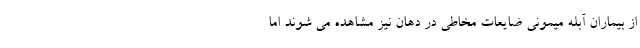
از بیماران آبله میمونی ضایعات مخاطی در دهان نیز مشاهده می شوند اما